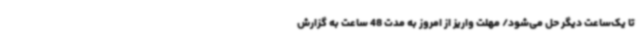
تا یک‌ساعت دیگر حل می‌شود/ مهلت واریز از امروز به مدت 48 ساعت به گزارش